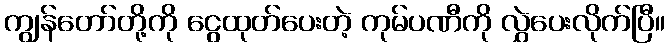
ကျွန်တော်တို့ကို ငွေထုတ်ပေးတဲ့ ကုမ်ပဏီကို လွှဲပေးလိုက်ပြီ။